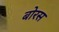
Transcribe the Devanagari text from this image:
बोरस